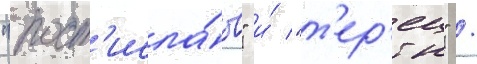
"рост'исла́в" и́ "т'ер'ец" /